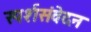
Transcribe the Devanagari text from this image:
स्पर्शसंवेदन